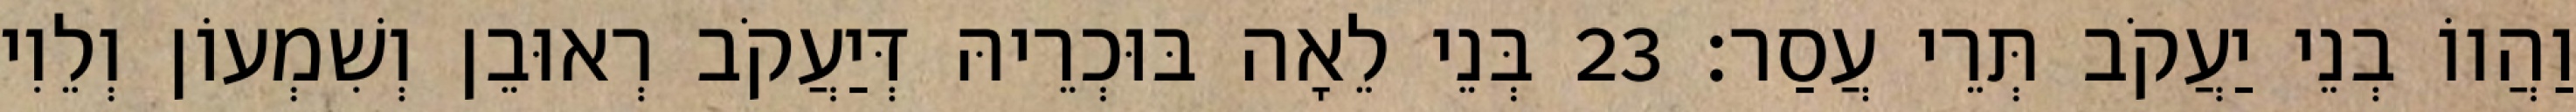
וַהֲווֹ בְנֵי יַעֲקֹב תְּרֵי עֲסַר׃ 23 בְּנֵי לֵאָה בּוּכְרֵיהּ דְּיַעֲקֹב רְאוּבֵן וְשִׁמְעוֹן וְלֵוִי